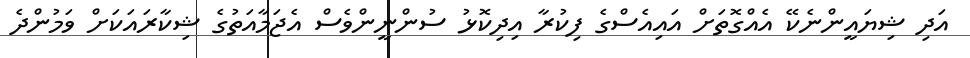
އަދި ޝިޔައީންނެކޭ އެއްގޮތަށް އައިއެސްގެ ފިކުރާ އިދިކޮޅު ސުންނީންވެސް އެޖަމާއަތުގެ ޝިކާރައަކަށް ވަމުންދެ